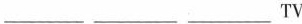
___ ___ ___TV